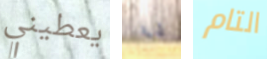
يعطيني أنا التام